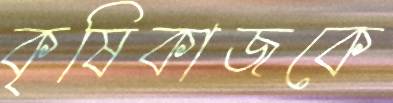
কৃষিকাজকে